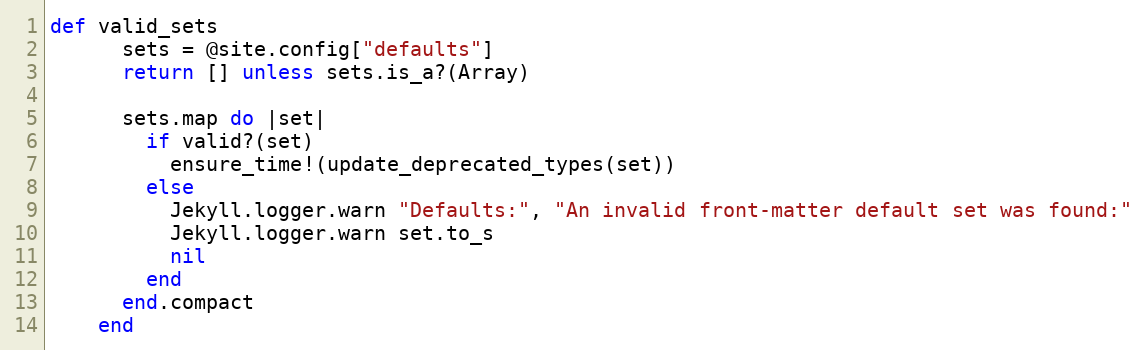
Language: Ruby
def valid_sets
      sets = @site.config["defaults"]
      return [] unless sets.is_a?(Array)

      sets.map do |set|
        if valid?(set)
          ensure_time!(update_deprecated_types(set))
        else
          Jekyll.logger.warn "Defaults:", "An invalid front-matter default set was found:"
          Jekyll.logger.warn set.to_s
          nil
        end
      end.compact
    end